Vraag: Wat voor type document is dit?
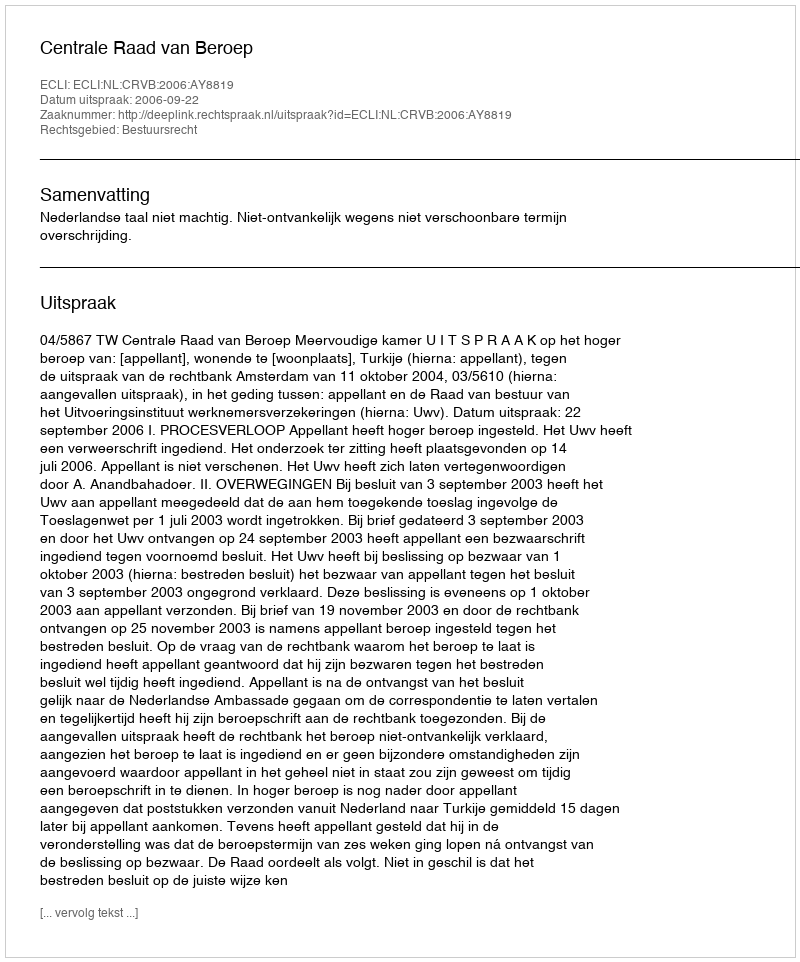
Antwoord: Uitspraak